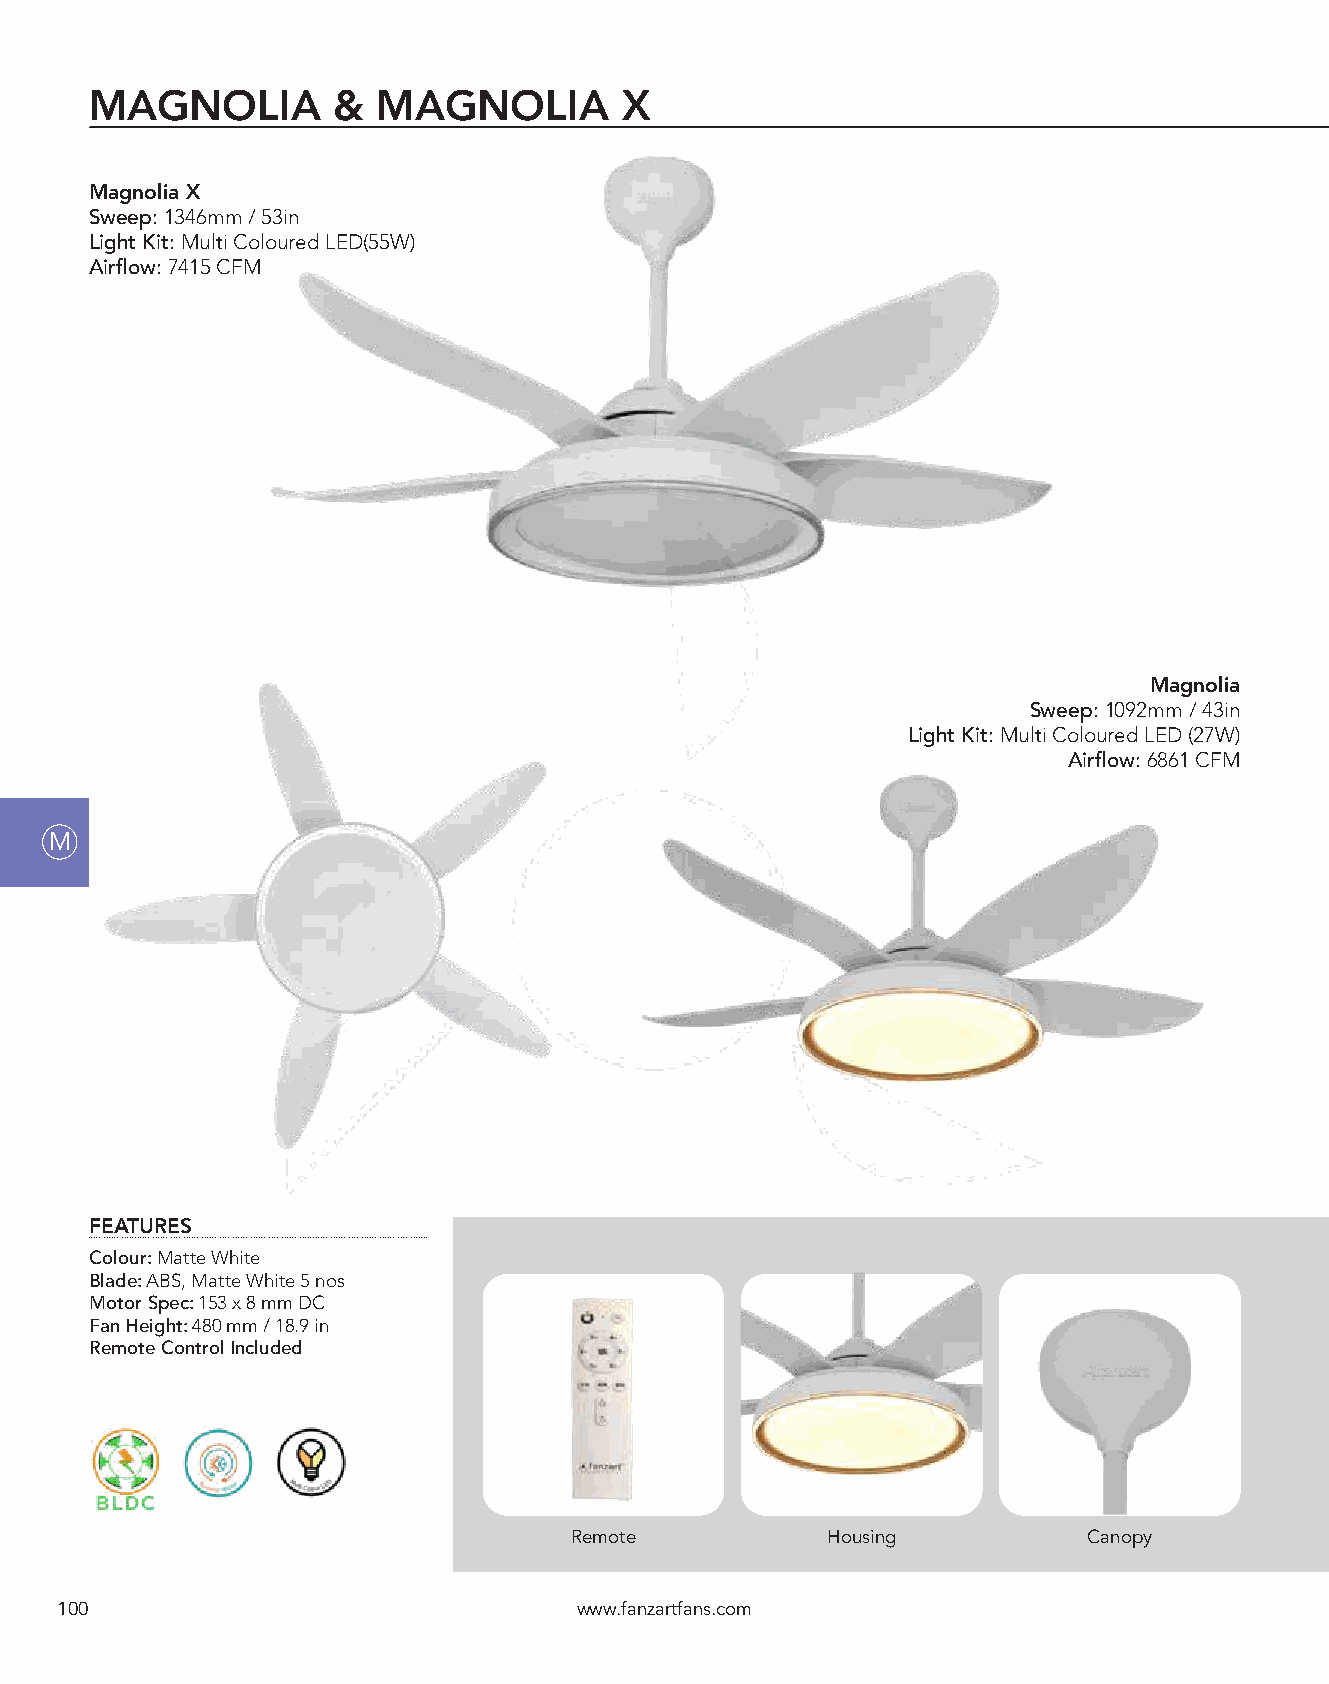
MAGNOLIA        &  MAGNOLIA        X
 Magnolia X
 Sweep: 1346mm / 53in
 Light Kit: Multi Coloured LED(55W)
 Airflow: 7415 CFM
 Magnolia
 Sweep: 1092mm / 43in
 Light Kit: Multi Coloured LED (27W)
 Airflow: 6861 CFM
 M
 FEATURES
 Colour: Matte White
 Blade: ABS, Matte White 5 nos
 Motor Spec: 153 x 8 mm DC
 Fan Height: 480 mm / 18.9 in
 Remote Control Included
 Remote           Housing          Canopy
 100                               www.fanzartfans.com